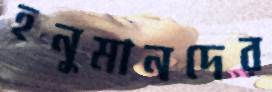
হনুমানদের